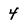
Character: 4